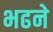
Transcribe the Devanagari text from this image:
भढने